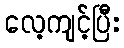
လေ့ကျင့်ပြီး